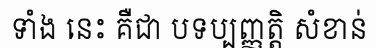
ទាំង នេះ គឺជា បទប្បញ្ញត្តិ សំខាន់